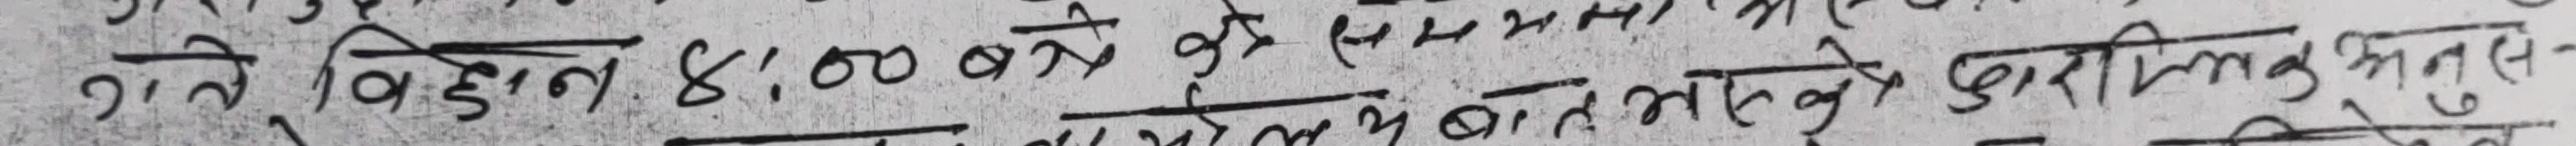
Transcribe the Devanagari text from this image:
गते बिहान ४:०० बजे के समय पर कार्यवाही मुल-